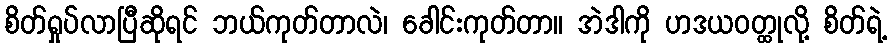
စိတ်ရှုပ်လာပြီဆိုရင် ဘယ်ကုတ်တာလဲ၊ ခေါင်းကုတ်တာ။ အဲဒါကို ဟဒယဝတ္ထုလို့ စိတ်ရဲ့